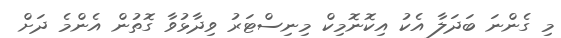
މި ގެންނަ ބަދަލާ އެކު އިކޮނޮމިކް މިނިސްޓަރު ވިދާޅުވާ ގޮތުން އެންމެ ދަށް